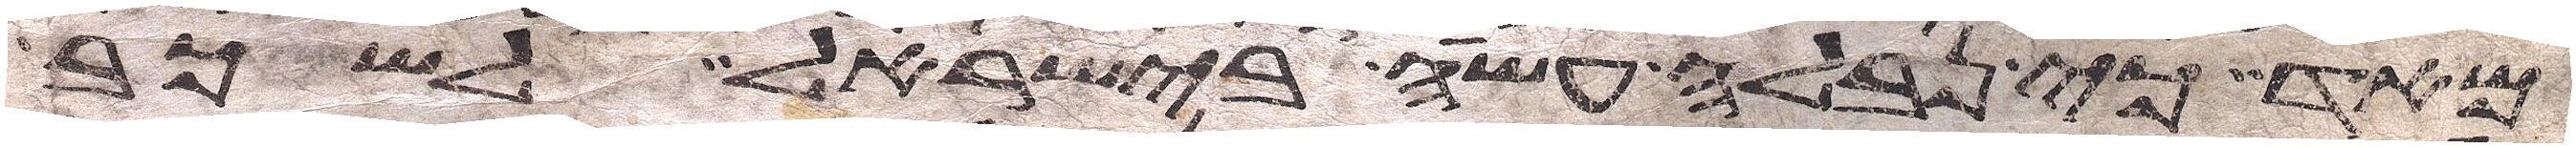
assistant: מאד כי נבלה עשה בישראל לשכב